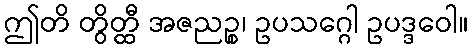
ဤတိ တွိတ္ထီ အဇညဉ္စ၊ ဥပသဂ္ဂေါ ဥပဒ္ဒဝေါ။